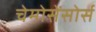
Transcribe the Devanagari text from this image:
चेमोसेंसोर्स